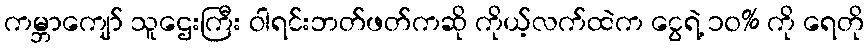
ကမ္ဘာကျော် သူဌေးကြီး ဝါရင်းဘတ်ဖတ်ကဆို ကိုယ့်လက်ထဲက ငွေရဲ့ ၁၀% ကို ရေတို